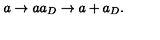
a \rightarrow a a _ { D } \rightarrow a + a _ { D } .